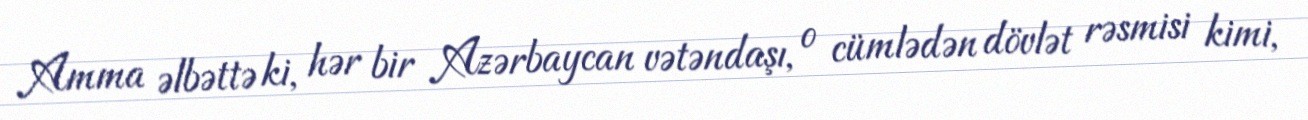
Amma əlbəttə ki, hər bir Azərbaycan vətəndaşı, o cümlədən dövlət rəsmisi kimi,